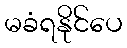
မခံရနိုင်ပေ